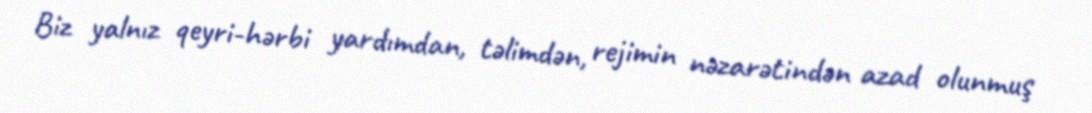
Biz yalnız qeyri-hərbi yardımdan, təlimdən, rejimin nəzarətindən azad olunmuş